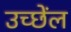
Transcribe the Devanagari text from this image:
उच्छेंल